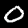
Digit: 0